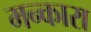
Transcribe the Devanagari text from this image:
मन्कारा